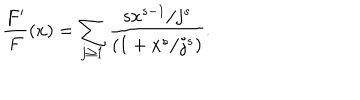
LaTeX: \frac { F ^ { \prime } } { F } ( x ) = \sum _ { j \ge 1 } \frac { s x ^ { s - 1 } / j ^ { s } } { ( 1 + x ^ { s } / j ^ { s } ) } .